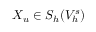
X _ { u } \in { S } _ { h } ( V _ { h } ^ { s } )